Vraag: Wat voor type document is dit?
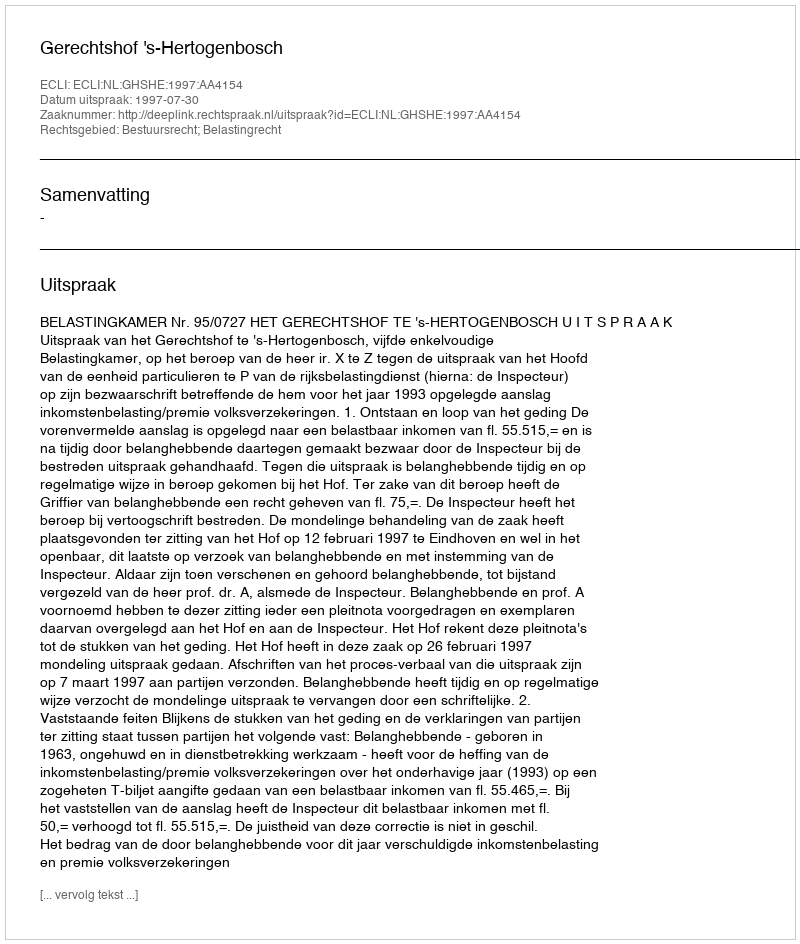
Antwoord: Uitspraak